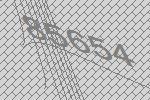
85654